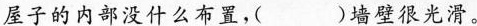
屋子的内部没什么布置，( )墙壁很光滑。